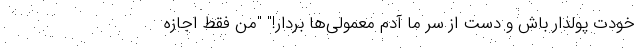
خودت پولدار باش و دست از سر ما آدم معمولی‌ها بردار!" "من فقط اجازه